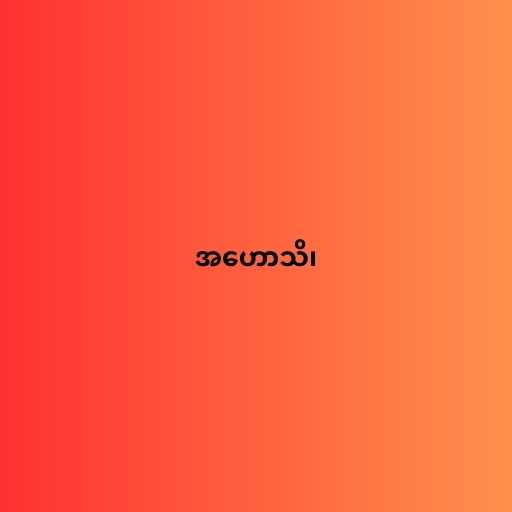
အဟောသိ၊